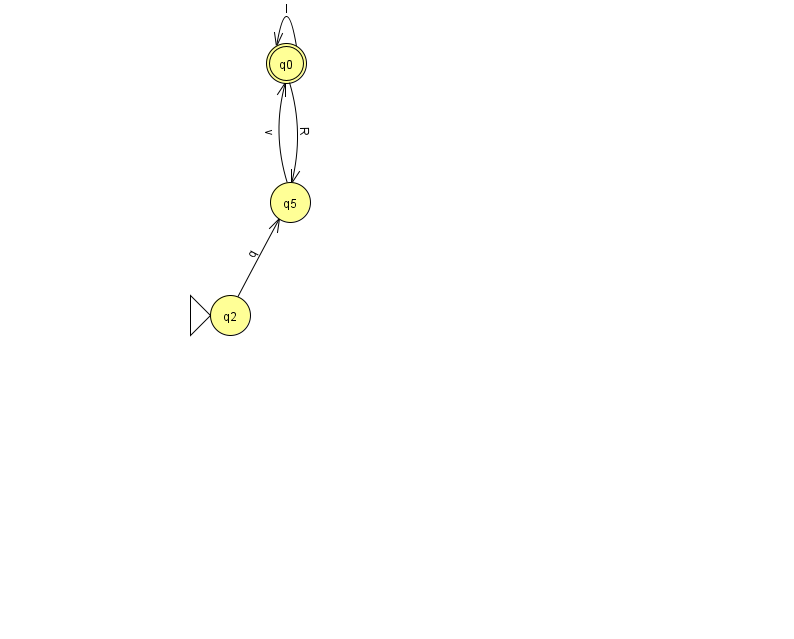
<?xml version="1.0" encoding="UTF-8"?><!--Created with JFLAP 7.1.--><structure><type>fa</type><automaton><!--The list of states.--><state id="0" name="q0"><x>286.0</x><y>50.0</y><final/></state><state id="2" name="q2"><x>230.0</x><y>302.0</y><initial/></state><state id="5" name="q5"><x>290.0</x><y>189.0</y></state><!--The list of transitions.--><transition><from>0</from><to>5</to><read>R</read></transition><transition><from>5</from><to>0</to><read>v</read></transition><transition><from>2</from><to>5</to><read>q</read></transition><transition><from>0</from><to>0</to><read>l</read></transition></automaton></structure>